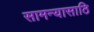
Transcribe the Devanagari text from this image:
सामन्यासाठि